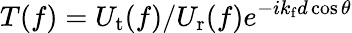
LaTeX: T(f)=U_{\mathrm{t}}(f)/U_{\mathrm{r}}(f)e^{-ik_{\mathrm{f}}d\cos\theta}